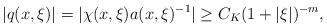
LaTeX: \begin{align*}|q(x,\xi)|=|\chi(x,\xi)a(x,\xi)^{-1}|\geq C_K(1+|\xi|)^{-m},\end{align*}